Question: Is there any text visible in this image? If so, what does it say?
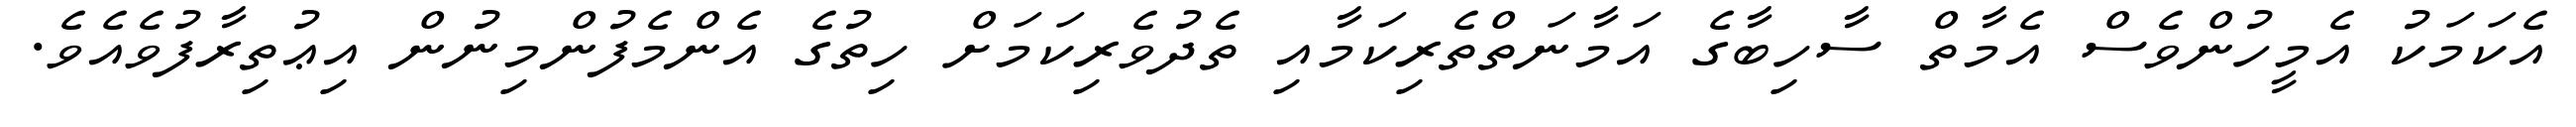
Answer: އެކަމަކު އެމީހުންވެސް އެމާތް ސާހިބާގެ އަމާނަތްތެރިކަމާއި ތެދުވެރިކަމަށް ހިތުގެ އެންމެފުންމިނުން އިޢުތިރާފުވެއެވެ.